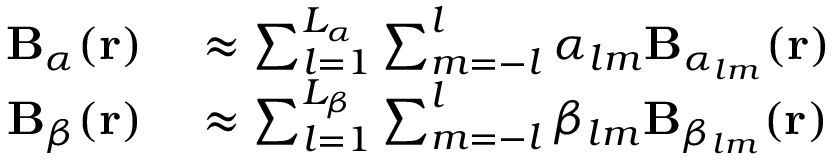
\begin{array} { r l } { \mathbf { B } _ { \alpha } ( \mathbf { r } ) } & { { } \approx \sum _ { l = 1 } ^ { L _ { \alpha } } \sum _ { m = - l } ^ { l } \alpha _ { l m } \mathbf { B } _ { \alpha _ { l m } } ( \mathbf { r } ) } \\ { \mathbf { B } _ { \beta } ( \mathbf { r } ) } & { { } \approx \sum _ { l = 1 } ^ { L _ { \beta } } \sum _ { m = - l } ^ { l } \beta _ { l m } \mathbf { B } _ { \beta _ { l m } } ( \mathbf { r } ) } \end{array}